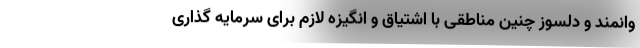
وانمند و دلسوز چنین مناطقی با اشتیاق و انگیزه لازم برای سرمایه گذاری